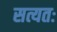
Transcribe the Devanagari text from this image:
सत्यतः